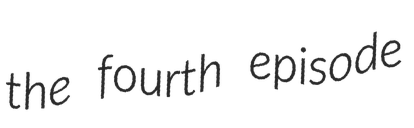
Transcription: the fourth episode